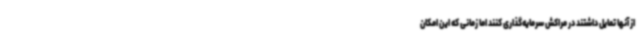
از آنها تمایل داشتند در مراکش سرمایه‌گذاری کنند اما زمانی که این امکان